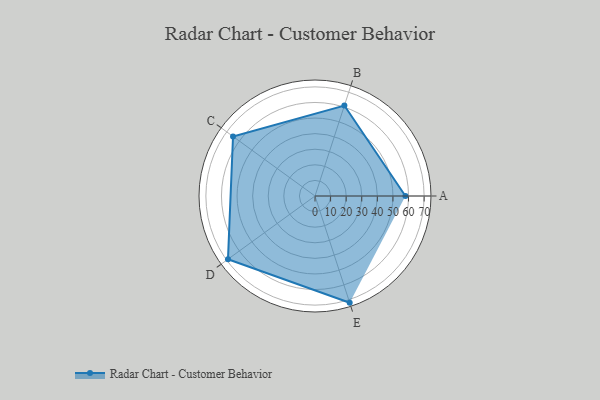
{"axis": {"x": "Skill", "y": "Score"}, "legend": ["Profile"], "data": [{"x": "A", "y": 58.0, "type": "Profile"}, {"x": "B", "y": 61.0, "type": "Profile"}, {"x": "C", "y": 65.0, "type": "Profile"}, {"x": "D", "y": 69.0, "type": "Profile"}, {"x": "E", "y": 72.0, "type": "Profile"}]}